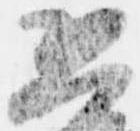
恐